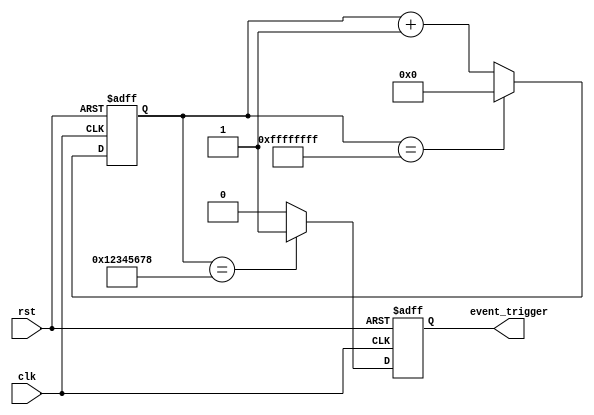
module event_timer (
    input clk,
    input rst,
    output reg event_trigger
);

reg [31:0] counter;

always @(posedge clk or posedge rst) begin
    if (rst)
        counter <= 0;
    else begin
        if (counter == 32'hFFFFFFFF)
            counter <= 0;
        else
            counter <= counter + 1;
    end
end

always @(posedge clk or posedge rst) begin
    if (rst)
        event_trigger <= 0;
    else begin
        if (counter == 32'h12345678) // predetermined time interval
            event_trigger <= 1;
        else
            event_trigger <= 0;
    end
end

endmodule